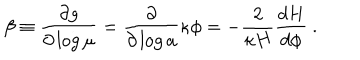
\beta \equiv { \frac { \partial g } { \partial \log \mu } } = { \frac { \partial } { \partial \log a } } \kappa \phi = - { \frac { 2 } { \kappa H } } { \frac { d H } { d \phi } } ~ .